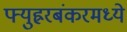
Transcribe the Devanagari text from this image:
फ्युह्ररबंकरमध्ये